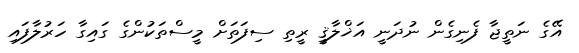
އޭގެ ނަތީޖާ ފެނިގެން ނުދަނީ އަޚްލާޤީ ރީތި ސިފަތަށް މީސްތަކުންގެ ގައިގާ ހަރުލާފައި